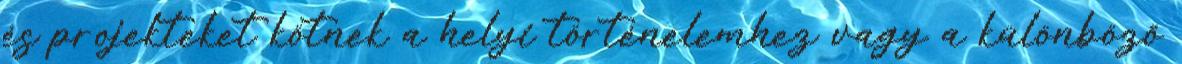
és projekteket kötnek a helyi történelemhez vagy a különböző